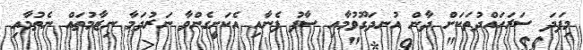
މިފަދަ ސަރަހައްދުތަކަށް ދާން އުނދަގޫވުމާއި ސާފު ފެނާއި އެކަށީގެންވާ ނަރުދަމާ ނިޒާމުތައް ނެތުމާއި